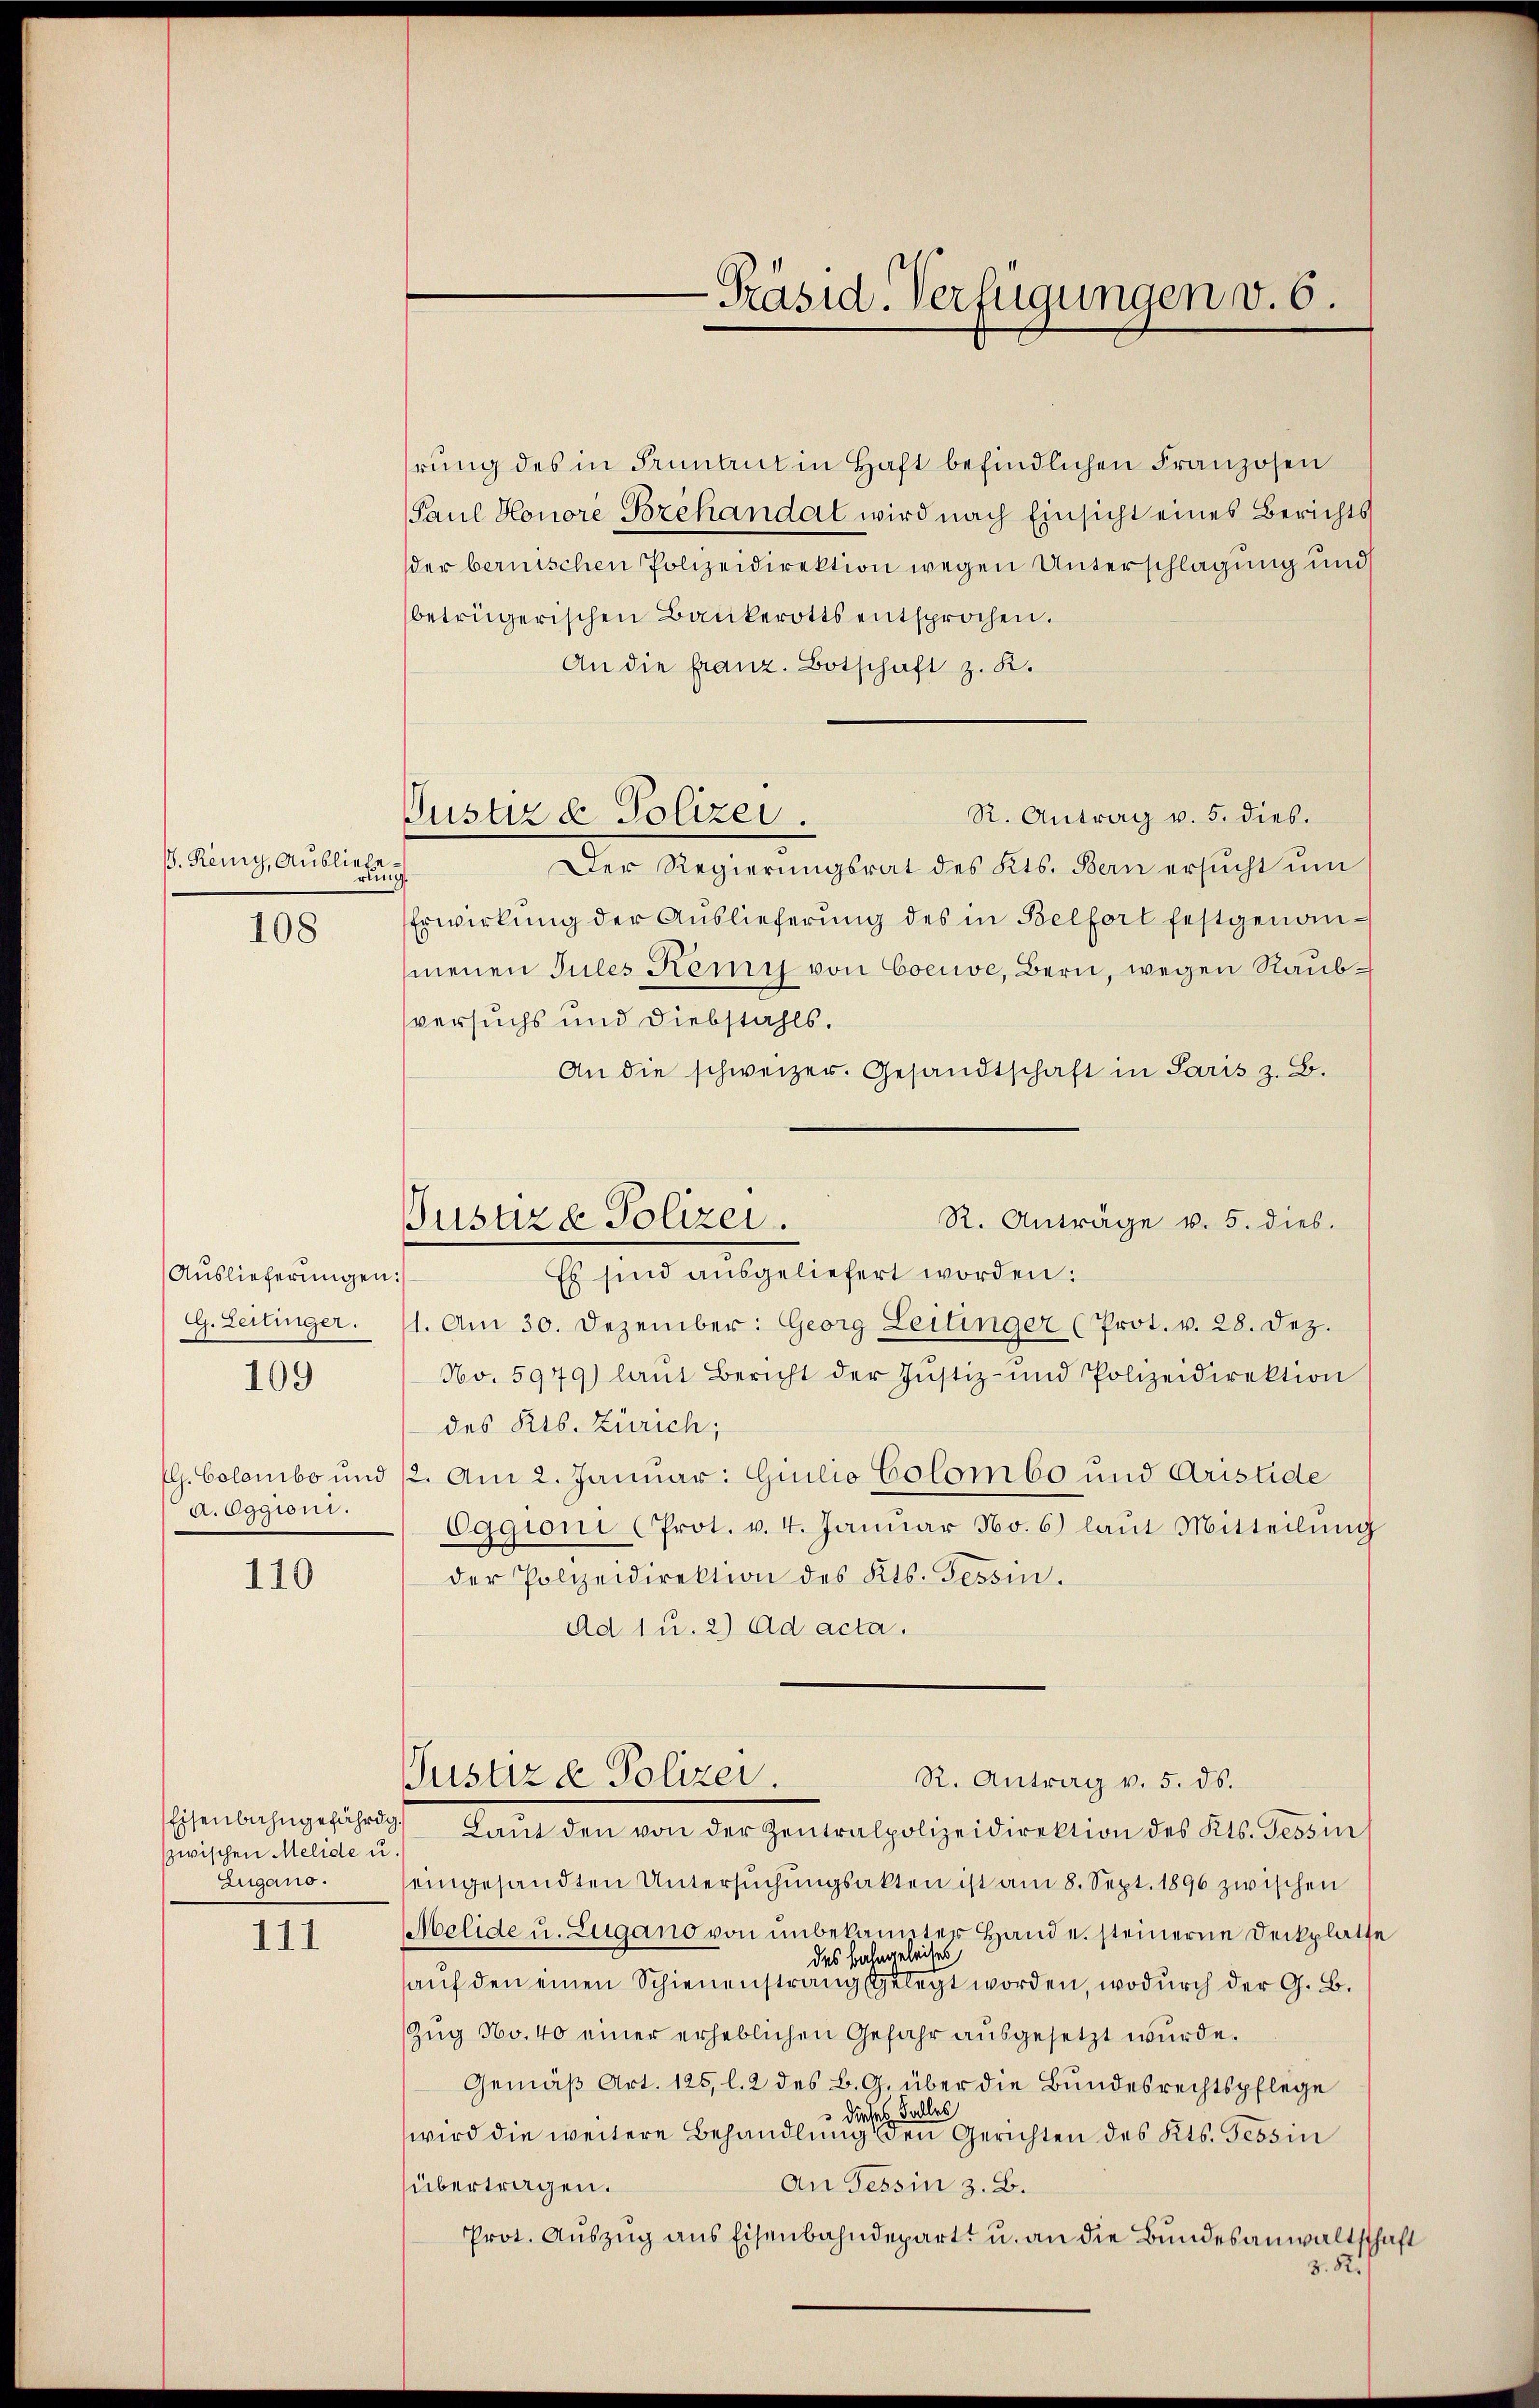
ß. Remy, Ausliebe
rung
108

Auslieferungen:
GG. Zeitinger.
A. Eggioni.

109

110

Eisenbahngefährdg.
zwischen Melide u.
Zugano.
111

hrung des in Pruntrut in Haft befindlichen Franzosen
Paul Honore Bozehandat wird nach Einsicht eines Berichts
der bernischen Polizeidirektion wegen Unterschlagung und
betrügerischen Baukerotts entsprochen.
An die franz. Botschaft z. K.
R. Antrag v. 5. dies.
Der Regierungsrat des Kts. Bern ersucht um
Erwirkung der Auslieferung des in Belfort festgenanmenen Tules Remy von Coeuve, Bern, wegen Raubversuchs und Diebstahls.
An die schweizer. Gesandtschaft in Paris z. B.
Es sind ausgeliefert worden:
.
1. Am 30. Dezember: Georg Leilinger (Prot. v. 28. Dez.
No. 5979) laŭt Bericht der Justiz- und Polizeidirektion
des Kts. Zürich;
EG. Colombo und 12. Am 2. Januar: Giulio Colombo und Aristide
Oggioni (Prot. v. 4. Januar No. 6) laut Mitteilung
der Polizeidirektion des Kts. Tessin.
Ad 1 u. 2) ad acta.
Justiz & Polizei.
R. Antrag v. 5. ds.
Lant den von der Zentralpolizeidirektion des Kts. Tessin s
eingesandten Untersŭchŭngsakten ist am 8. Sept. 1890 zwischen
elide u. Zugano von unbekannter Hand u. steinerne Deckplatte
des Bahngeleises
auf den einen Schienenstrang gelegt worden, wodurch der G. B.
Zug No. 40 einer erheblichen Gefahr ausgesetzt wurde.
Gemäß Art. 125, l. 2 des B. G. über die Bundesrechtspflege
 dieses Falles
wird die weitere Behandlung den Gerichten des Kts. Tessin
An Tessin z. B.
übertragen.
Prot. Aŭszŭg ans Eisenbahndepart u. an die Bundesanwaltschaft
3. R./

Justiz & Polizei.

R. Anträge v. 5. dies.
Gusuze Polizei.

Präsid-Verfügungen v. 6.